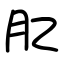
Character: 肊